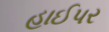
હાઈપર